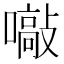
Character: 𡁞